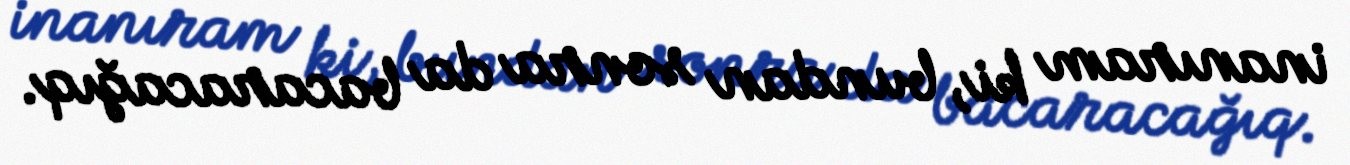
inanıram ki, bundan sonra da bacaracağıq.